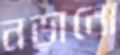
নড়ানো